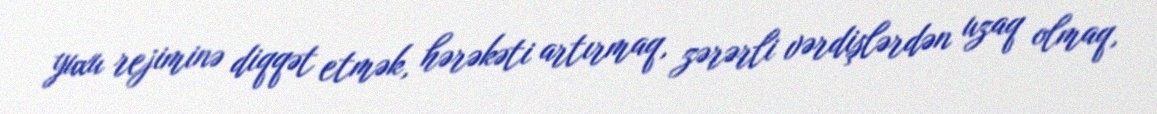
yuxu rejiminə diqqət etmək, hərəkəti artırmaq, zərərli vərdişlərdən uzaq olmaq,